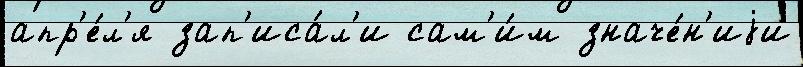
апр'е́л'я зап'иса́л'и сам'и́м значе́н'иjи